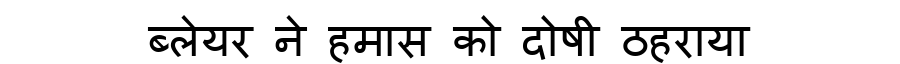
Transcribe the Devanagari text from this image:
ब्लेयर ने हमास को दोषी ठहराया